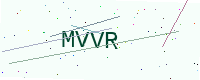
Text: MVVR